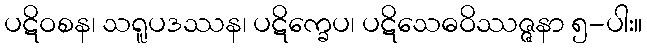
ပဋိဝစန၊ သရူပဒဿန၊ ပဋိက္ခေပ၊ ပဋိသေဓဝိဿဇ္ဇနာ ၅-ပါး။